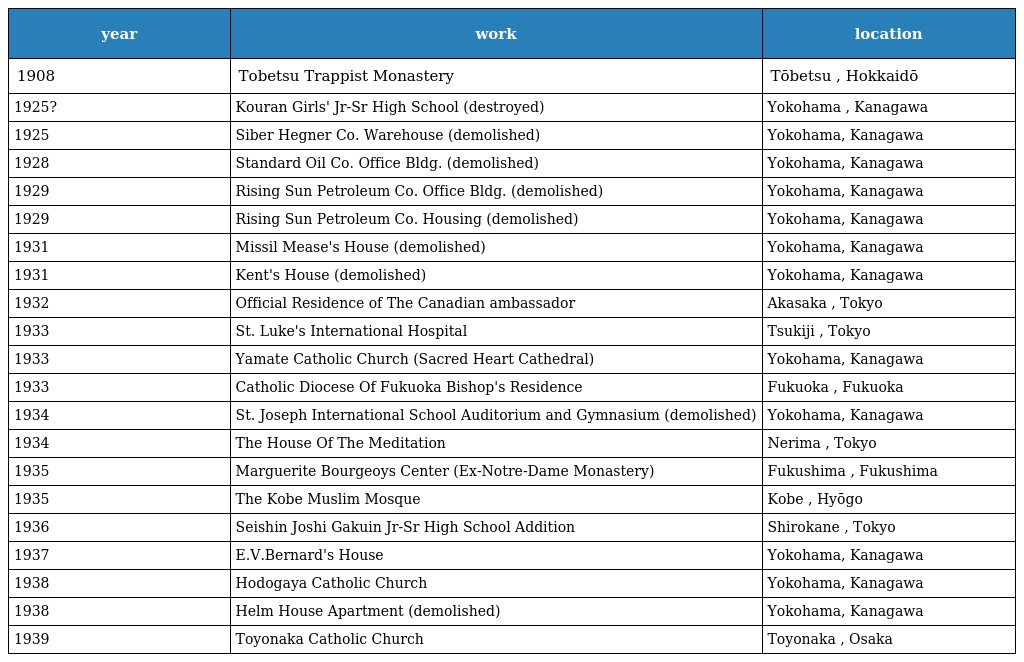
| year | work | location |
 | --- | --- | --- |
 | 1908 | Tobetsu Trappist Monastery | Tōbetsu , Hokkaidō |
 | 1925? | Kouran Girls' Jr-Sr High School (destroyed) | Yokohama , Kanagawa |
 | 1925 | Siber Hegner Co. Warehouse (demolished) | Yokohama, Kanagawa |
 | 1928 | Standard Oil Co. Office Bldg. (demolished) | Yokohama, Kanagawa |
 | 1929 | Rising Sun Petroleum Co. Office Bldg. (demolished) | Yokohama, Kanagawa |
 | 1929 | Rising Sun Petroleum Co. Housing (demolished) | Yokohama, Kanagawa |
 | 1931 | Missil Mease's House (demolished) | Yokohama, Kanagawa |
 | 1931 | Kent's House (demolished) | Yokohama, Kanagawa |
 | 1932 | Official Residence of The Canadian ambassador | Akasaka , Tokyo |
 | 1933 | St. Luke's International Hospital | Tsukiji , Tokyo |
 | 1933 | Yamate Catholic Church (Sacred Heart Cathedral) | Yokohama, Kanagawa |
 | 1933 | Catholic Diocese Of Fukuoka Bishop's Residence | Fukuoka , Fukuoka |
 | 1934 | St. Joseph International School Auditorium and Gymnasium (demolished) | Yokohama, Kanagawa |
 | 1934 | The House Of The Meditation | Nerima , Tokyo |
 | 1935 | Marguerite Bourgeoys Center (Ex-Notre-Dame Monastery) | Fukushima , Fukushima |
 | 1935 | The Kobe Muslim Mosque | Kobe , Hyōgo |
 | 1936 | Seishin Joshi Gakuin Jr-Sr High School Addition | Shirokane , Tokyo |
 | 1937 | E.V.Bernard's House | Yokohama, Kanagawa |
 | 1938 | Hodogaya Catholic Church | Yokohama, Kanagawa |
 | 1938 | Helm House Apartment (demolished) | Yokohama, Kanagawa |
 | 1939 | Toyonaka Catholic Church | Toyonaka , Osaka |